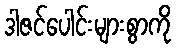
ဒါဇင်ပေါင်းများစွာကို